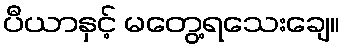
ပီယာနှင့် မတွေ့ရသေးချေ။